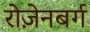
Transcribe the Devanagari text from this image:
रोज़ेनबर्ग